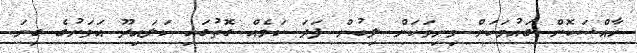
ހާއްސަކޮށް ގައުމަކަށް މިނިވަކަން ލިބުން ފަދަ ކަމެއް ގޮތުގައި ކަލައިދޫ އަވަށުގެ ގިނަ